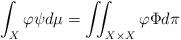
LaTeX: \begin{align*}\int_X \varphi\psi d\mu = \iint_{X\times X} \varphi \Phi d\pi\end{align*}